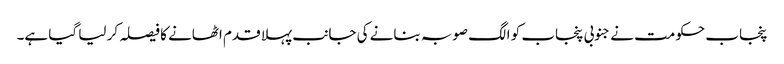
پنجاب حکومت نے جنوبی پنجاب کو الگ صوبہ بنانے کی جانب پہلا قدم اٹھانے کا فیصلہ کر لیا گیا ہے۔